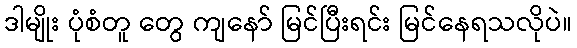
ဒါမျိုး ပုံစံတူ တွေ ကျနော် မြင်ပြီးရင်း မြင်နေရသလိုပဲ။